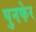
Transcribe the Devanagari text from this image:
पुनफेर